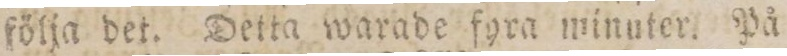
följa det. Detta warade fyra minuter. På